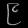
Digit: ၉